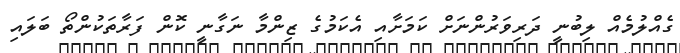
ގެއްލުމެއް ލިބުނީ ދަރިވަރުންނަށް ކަމަށާއި އެކަމުގެ ޒިންމާ ނަގާނީ ކޮން ފަރާތަކުންތޯ ބަލައި